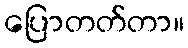
ပြောတတ်တာ။